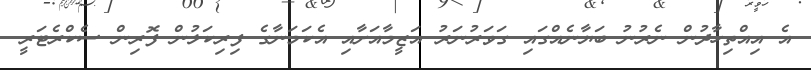
އެ އިއްތިހާދުން ނެރުނު ބަޔާނެއްގައި ގަވަރުނަރު އަޒީމާއަށާއި އެކަމަނާގެ ފިރިކަލުން ފޮރިން ސެކްރެޓަރީ